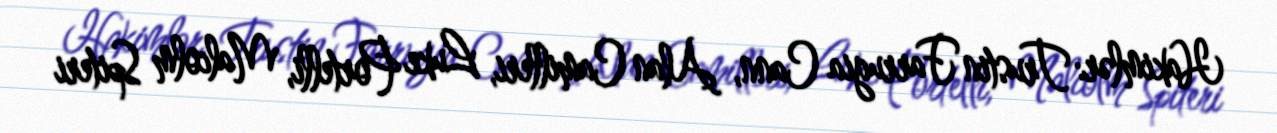
Hakimlər: Trustin Farrugia Cann, Alan Camilleri, Luke Portelli, Malcolm Spiteri